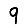
Digit: 9